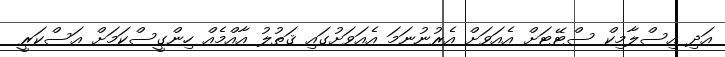
އަދި އިސްލާމިކް ސްޓޭޓަށް އެއަވަށް އެރުނުނަމަ އެއަވަށުގައި ޤަތުލު އާއްމެއް ހިންގީސްކަމަށް އަސްކަރީ